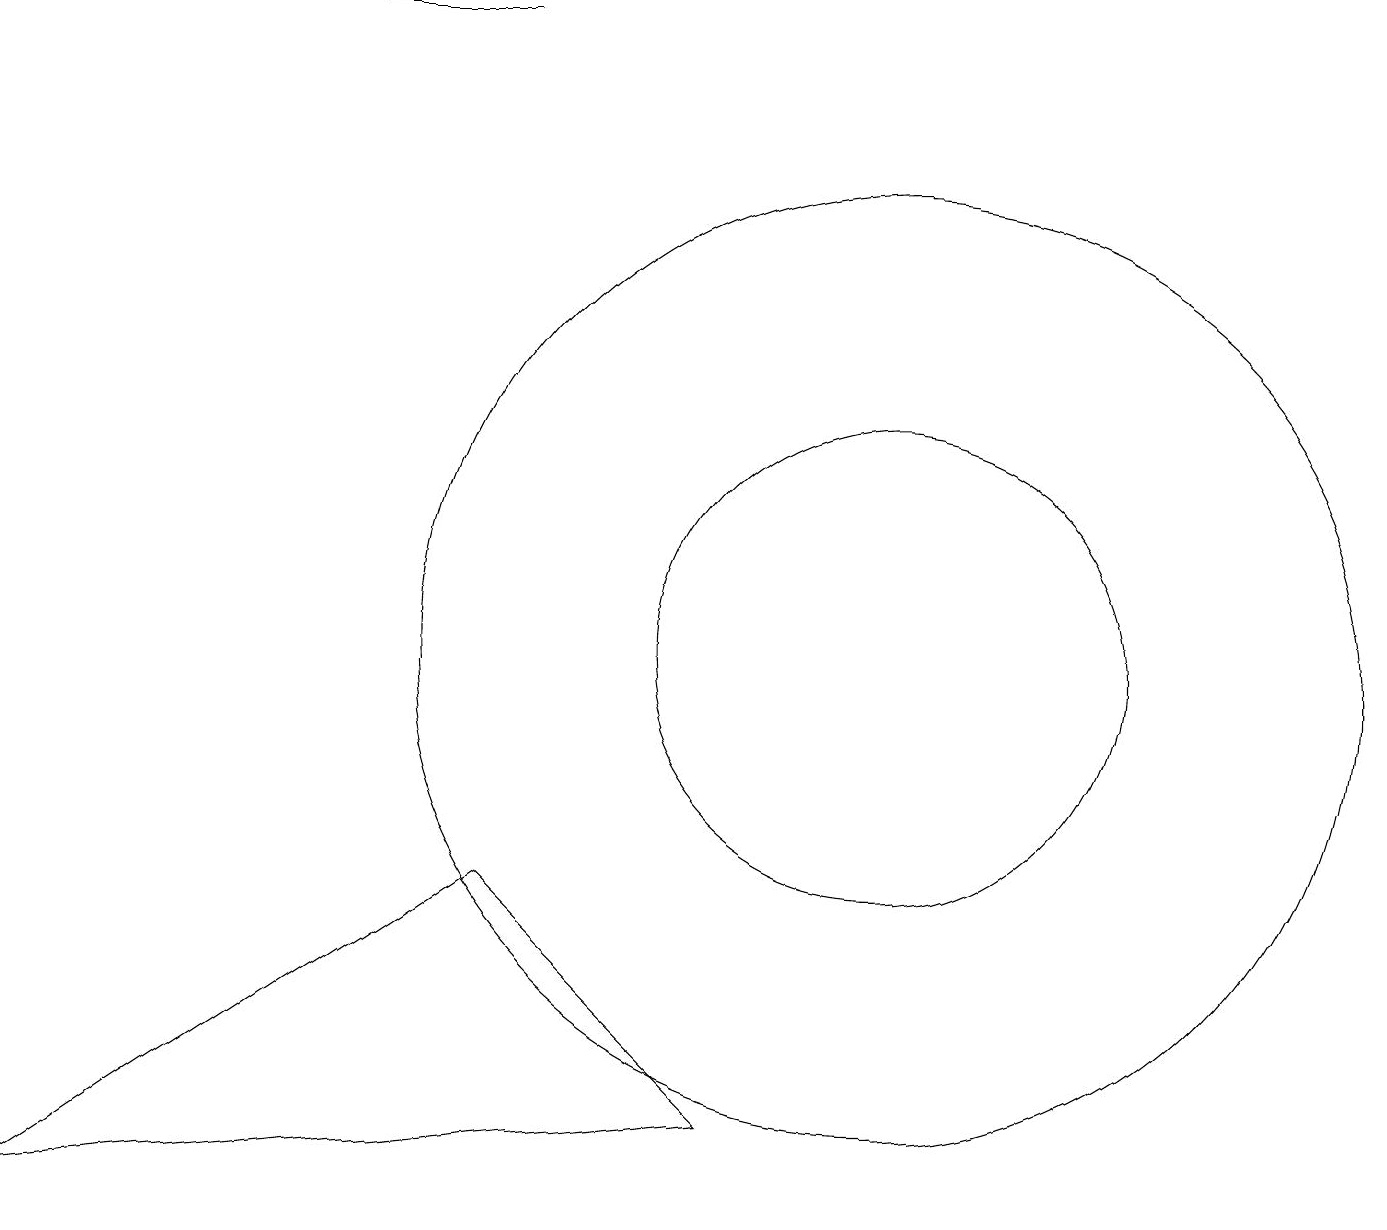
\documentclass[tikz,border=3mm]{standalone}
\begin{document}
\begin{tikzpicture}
\draw (9,4) -- (6,7) -- (0,3) -- cycle;
\draw (11,10) circle (6);
\draw (4,18) rectangle (6,18);
\draw (11,10) circle (3);
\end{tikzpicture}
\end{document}